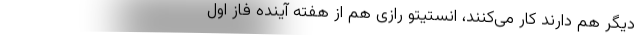
دیگر هم دارند کار می‌کنند، انستیتو رازی هم از هفته آینده فاز اول